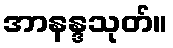
အာနန္ဒသုတ်။